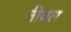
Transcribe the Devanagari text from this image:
नीयल